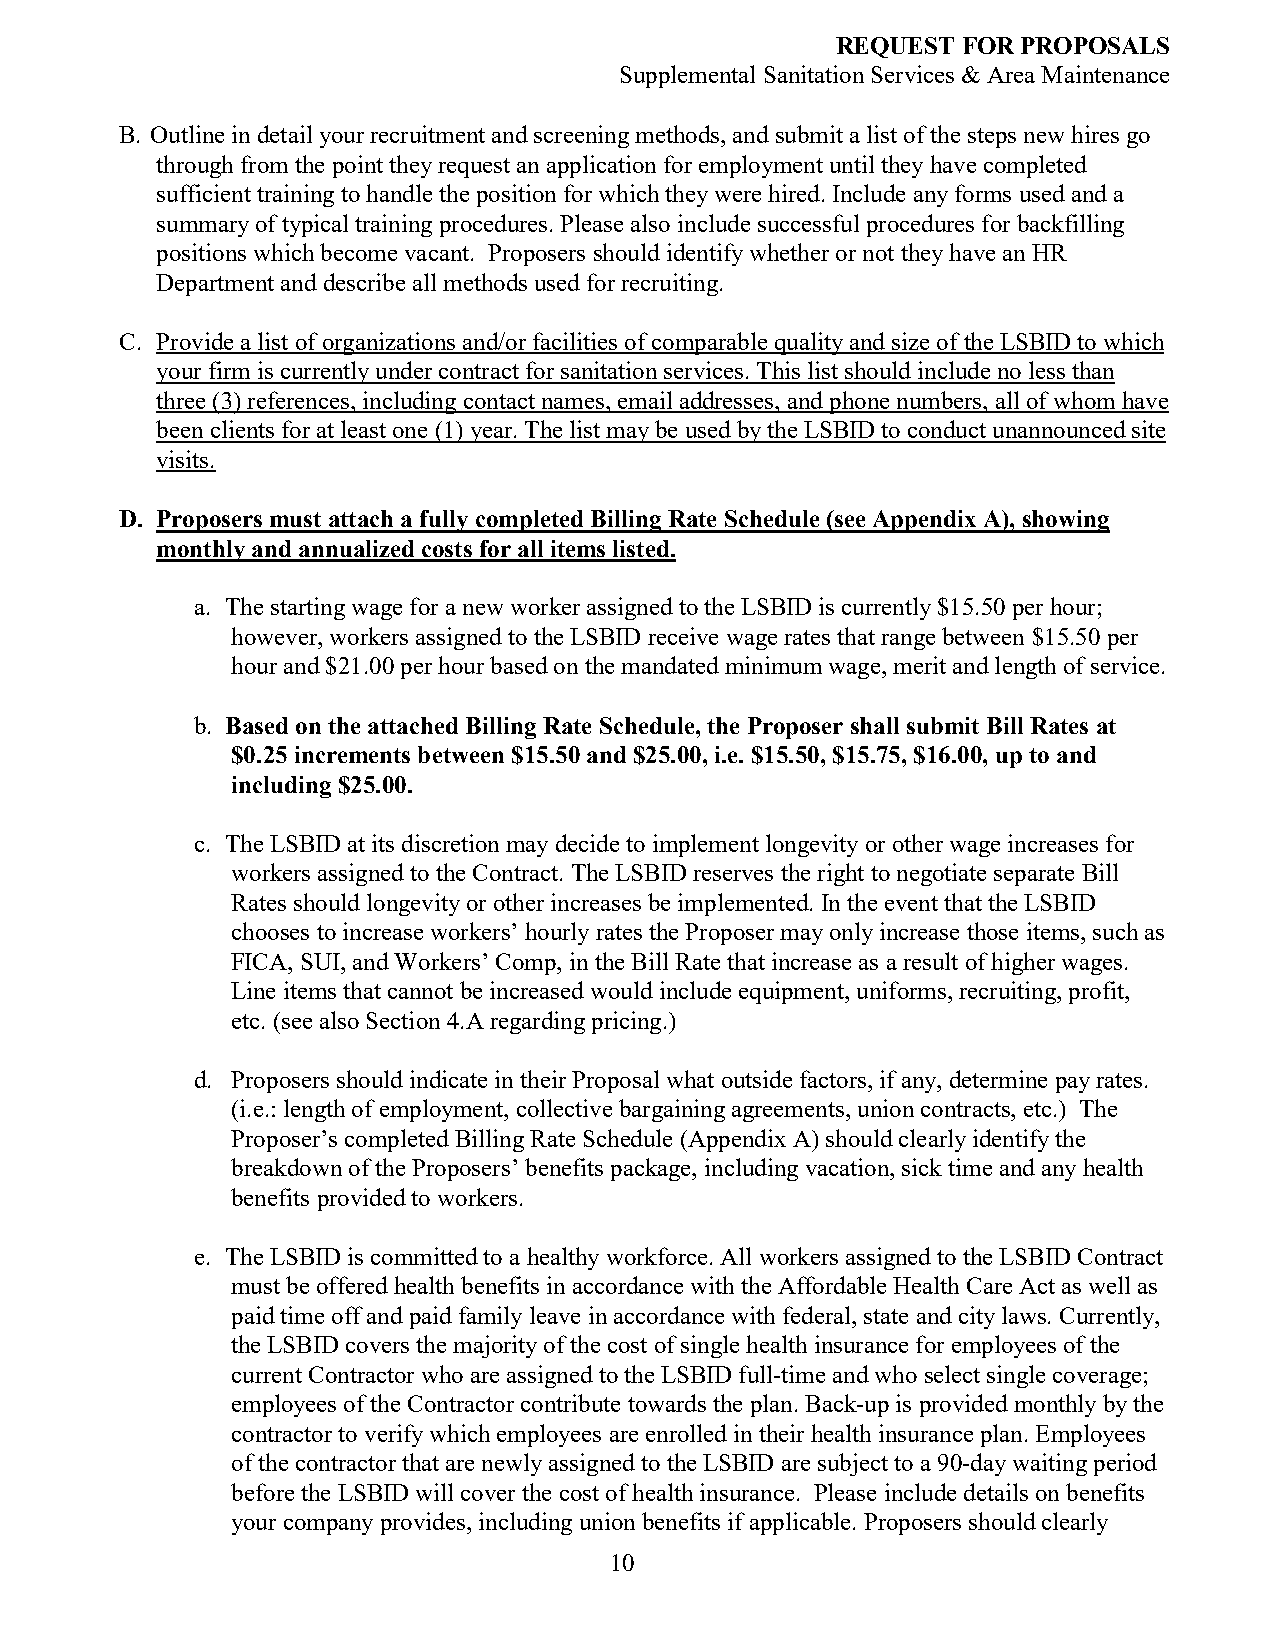
REQUEST  FOR PROPOSALS
 Supplemental Sanitation Services & Area Maintenance
 B. Outline in detail your recruitment and screening methods, and submit a list of the steps new hires go
 through from the point they request an application for employment until they have completed
 sufficient training to handle the position for which they were hired. Include any forms used and a
 summary of typical training procedures. Please also include successful procedures for backfilling
 positions which become vacant. Proposers should identify whether or not they have an HR
 Department and describe all methods used for recruiting.
 C. Provide a list of organizations and/or facilities of comparable quality and size of the LSBID to which
 your firm is currently under contract for sanitation services. This list should include no less than
 three (3) references, including contact names, email addresses, and phone numbers, all of whom have
 been clients for at least one (1) year. The list may be used by the LSBID to conduct unannounced site
 visits.
 D. Proposers must attach a fully completed Billing Rate Schedule (see Appendix A), showing
 monthly and annualized costs for all items listed.
 a. The starting wage for a new worker assigned to the LSBID is currently $15.50 per hour;
 however, workers assigned to the LSBID receive wage rates that range between $15.50 per
 hour and $21.00 per hour based on the mandated minimum wage, merit and length of service.
 b. Based on the attached Billing Rate Schedule, the Proposer shall submit Bill Rates at
 $0.25 increments between $15.50 and $25.00, i.e. $15.50, $15.75, $16.00, up to and
 including $25.00.
 c. The LSBID at its discretion may decide to implement longevity or other wage increases for
 workers assigned to the Contract. The LSBID reserves the right to negotiate separate Bill
 Rates should longevity or other increases be implemented. In the event that the LSBID
 chooses to increase workers’ hourly rates the Proposer may only increase those items, such as
 FICA, SUI, and Workers’ Comp, in the Bill Rate that increase as a result of higher wages.
 Line items that cannot be increased would include equipment, uniforms, recruiting, profit,
 etc. (see also Section 4.A regarding pricing.)
 d. Proposers should indicate in their Proposal what outside factors, if any, determine pay rates.
 (i.e.: length of employment, collective bargaining agreements, union contracts, etc.) The
 Proposer’s completed Billing Rate Schedule (Appendix A) should clearly identify the
 breakdown of the Proposers’ benefits package, including vacation, sick time and any health
 benefits provided to workers.
 e. The LSBID is committed to a healthy workforce. All workers assigned to the LSBID Contract
 must be offered health benefits in accordance with the Affordable Health Care Act as well as
 paid time off and paid family leave in accordance with federal, state and city laws. Currently,
 the LSBID covers the majority of the cost of single health insurance for employees of the
 current Contractor who are assigned to the LSBID full-time and who select single coverage;
 employees of the Contractor contribute towards the plan. Back-up is provided monthly by the
 contractor to verify which employees are enrolled in their health insurance plan. Employees
 of the contractor that are newly assigned to the LSBID are subject to a 90-day waiting period
 before the LSBID will cover the cost of health insurance. Please include details on benefits
 your company provides, including union benefits if applicable. Proposers should clearly
 10